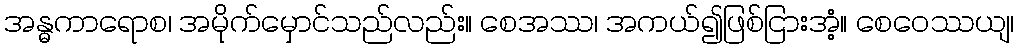
အန္ဓကာရောစ၊ အမိုက်မှောင်သည်လည်း။ စေအဿ၊ အကယ်၍ဖြစ်ငြားအံ့။ စေဝေဿယျ၊